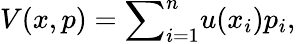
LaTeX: V(x,p)={\sum}_{i=1}^{n}u(x_{i})p_{i},